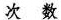
次数